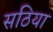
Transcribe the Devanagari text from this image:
सठिया